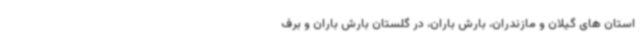
استان های گیلان و مازندران، بارش باران، در گلستان بارش باران و برف